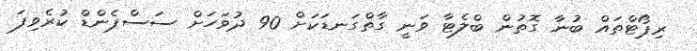
ރިޕޯޓްތައް ބުނާ ގޮތުން ބްލެޓާ ވަނީ ގާތްގަނޑަކަށް 90 ދުވަހަށް ސަސްޕެންޑް ކުރެވިފަ